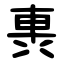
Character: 軣